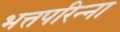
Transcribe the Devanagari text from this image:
भत्तपरिन्ना